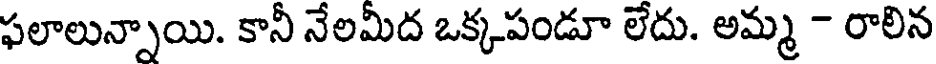
ఫలాలున్నాయి. కానీ నేలమీద ఒక్కపండూ లేదు. అమ్మ - రాలిన